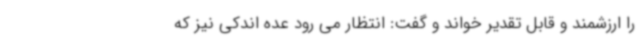
را ارزشمند و قابل تقدیر خواند و گفت: انتظار می رود عده اندکی نیز که